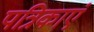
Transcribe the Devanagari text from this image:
पत्रिकाएं